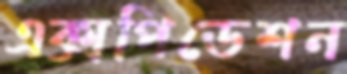
এক্সপিডেশন